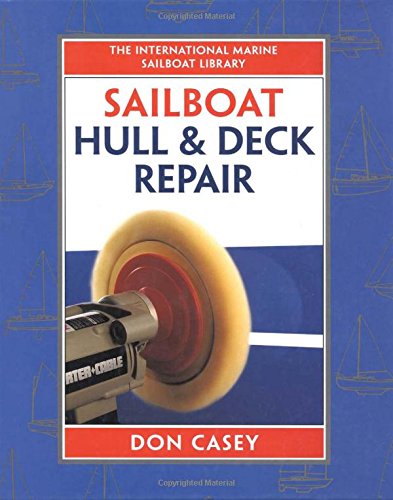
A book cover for Sailboat Hull and Deck Repair (IM Sailboat Library); Don Casey; Engineering & Transportation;